Quinine and its salts - Number 41
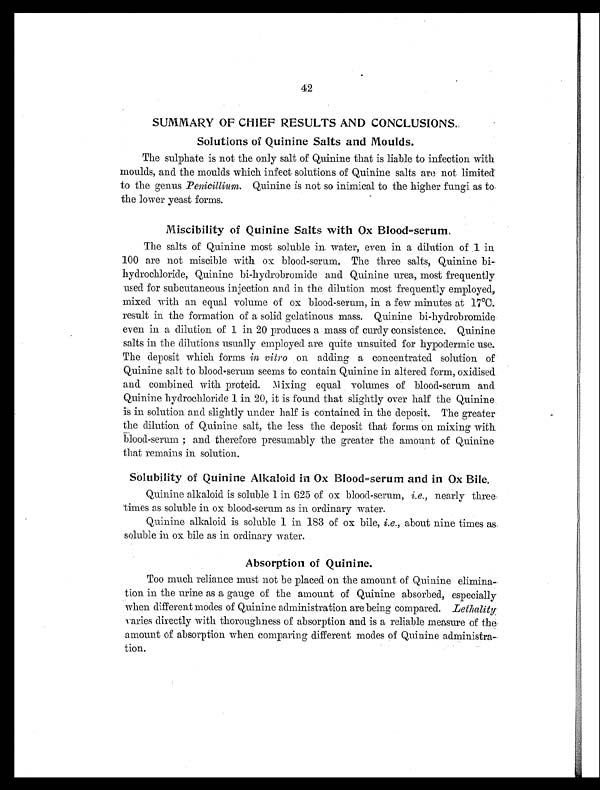
42
SUMMARY OF CHIEF RESULTS AND CONCLUSIONS.
Solutions of Quinine Salts and Moulds.
The sulphate is not the only salt of Quinine that is liable to infection with
moulds, and the moulds which infect solutions of Quinine salts are not limited
to the genus Penicillium. Quinine is not so inimical to the higher fungi as to
the lower yeast forms.
Miscibility of Quinine Salts with Ox Blood=serum.
The salts of Quinine most soluble in water, even in a dilution of .1 in
100 are not miscible with ox blood-serum. The three salts, Quinine bi-
hydrochloride, Quinine bi-hydrobromide and Quinine urea, most frequently
used for subcutaneous injection and in the dilution most frequently employed,
mixed with an equal volume of ox blood-serum, in a few minutes at 17°C.
result in the formation of a solid gelatinous mass. Quinine bi-hydrobromide
even in a dilution of 1 in 20 produces a mass of curdy consistence. Quinine
salts in the dilutions usually employed are quite unsuited for hypodermic use.
The deposit which forms in vitro on adding a concentrated solution of
Quinine salt to blood serum seems to contain Quinine in altered form, oxidised
and combined with proteid. Mixing equal volumes of blood-serum and
Quinine hydrochloride 1 in 20, it is found that slightly over half the Quinine
is in solution and slightly under half is contained in the deposit. The greater
the dilution of Quinine salt, the less the deposit that forms on mixing with
blood-serum; and therefore presumably the greater the amount of Quinine
that remains in solution.
Solubility of Quinine Alkaloid in Ox Blood=serum and in Ox Bile.
Quinine alkaloid is soluble 1 in 625 of ox blood-serum, i.e., nearly three
times as soluble in ox blood-serum as in ordinary water.
Quinine alkaloid is soluble 1 in 183 of ox bile, i.e., about nine times as.
soluble in ox bile as in ordinary water.
Absorption of Quinine.
Too much reliance must not be placed on the amount of Quinine elimina-
tion in the urine as a gauge of the amount of Quinine absorbed, especially
when different modes of Quinine administration are being compared. Lethality
varies directly with thoroughness of absorption and is a reliable measure of the
amount of absorption when comparing different modes of Quinine administra-
tion.